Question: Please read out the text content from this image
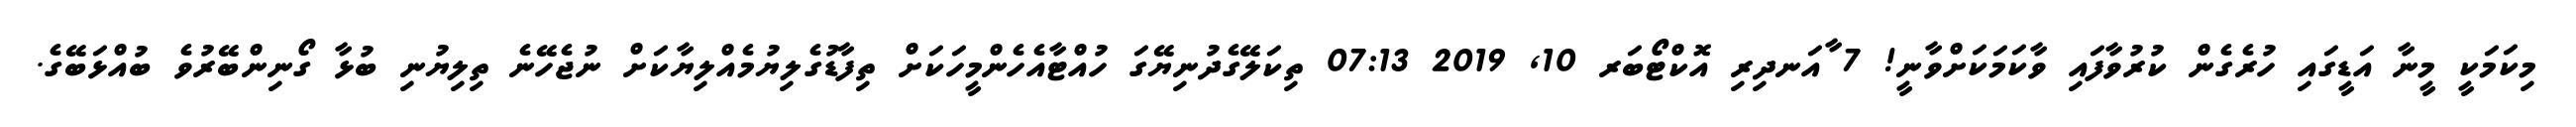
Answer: މިކަމަކީ މީނާ އަޑީގައި ހުރެގެން ކުރުވާފައި ވާކަމަކަށްވާނީ! 7 ާއަނދިރި އޮކްޓޯބަރ 10, 2019 07:13 ތިކަލޭގެދުނިޔޭގަ ހުއްޓާއެހެންމީހަކަށް ތިފާޑުގެލިޔުމެއްލިޔާކަށް ނުޖެހޭނެ ތިލިޔުނި ބުޅާ ގޯނިންބޭރުވެ ބުއްޅަބޭގެ.